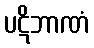
ပဋိဘာဏံ